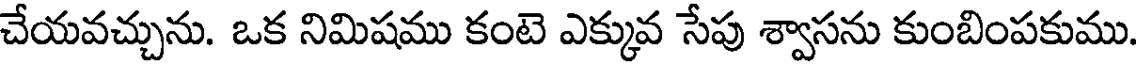
చేయవచ్చును. ఒక నిమిషము కంటె ఎక్కువ సేపు శ్వాసను కుంబింపకుము